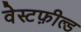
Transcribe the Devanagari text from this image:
वेस्टफ़ील्ड